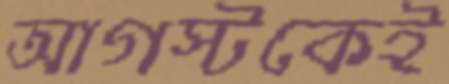
আগস্টকেই